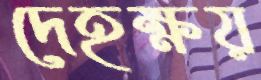
দেহক্ষয়